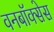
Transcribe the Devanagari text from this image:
वनबॉक्सेस